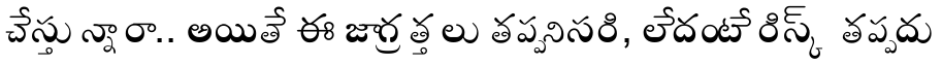
చేస్తున్నారా.. అయితే ఈ జాగ్రత్తలు తప్పనిసరి, లేదంటే రిస్క్ తప్పదు